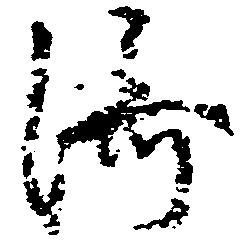
済